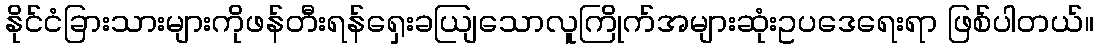
နိုင်ငံခြားသားများကိုဖန်တီးရန်ရှေးခယျြသောလူကြိုက်အများဆုံးဥပဒေရေးရာ ဖြစ်ပါတယ်။